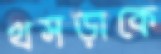
খসড়াকে